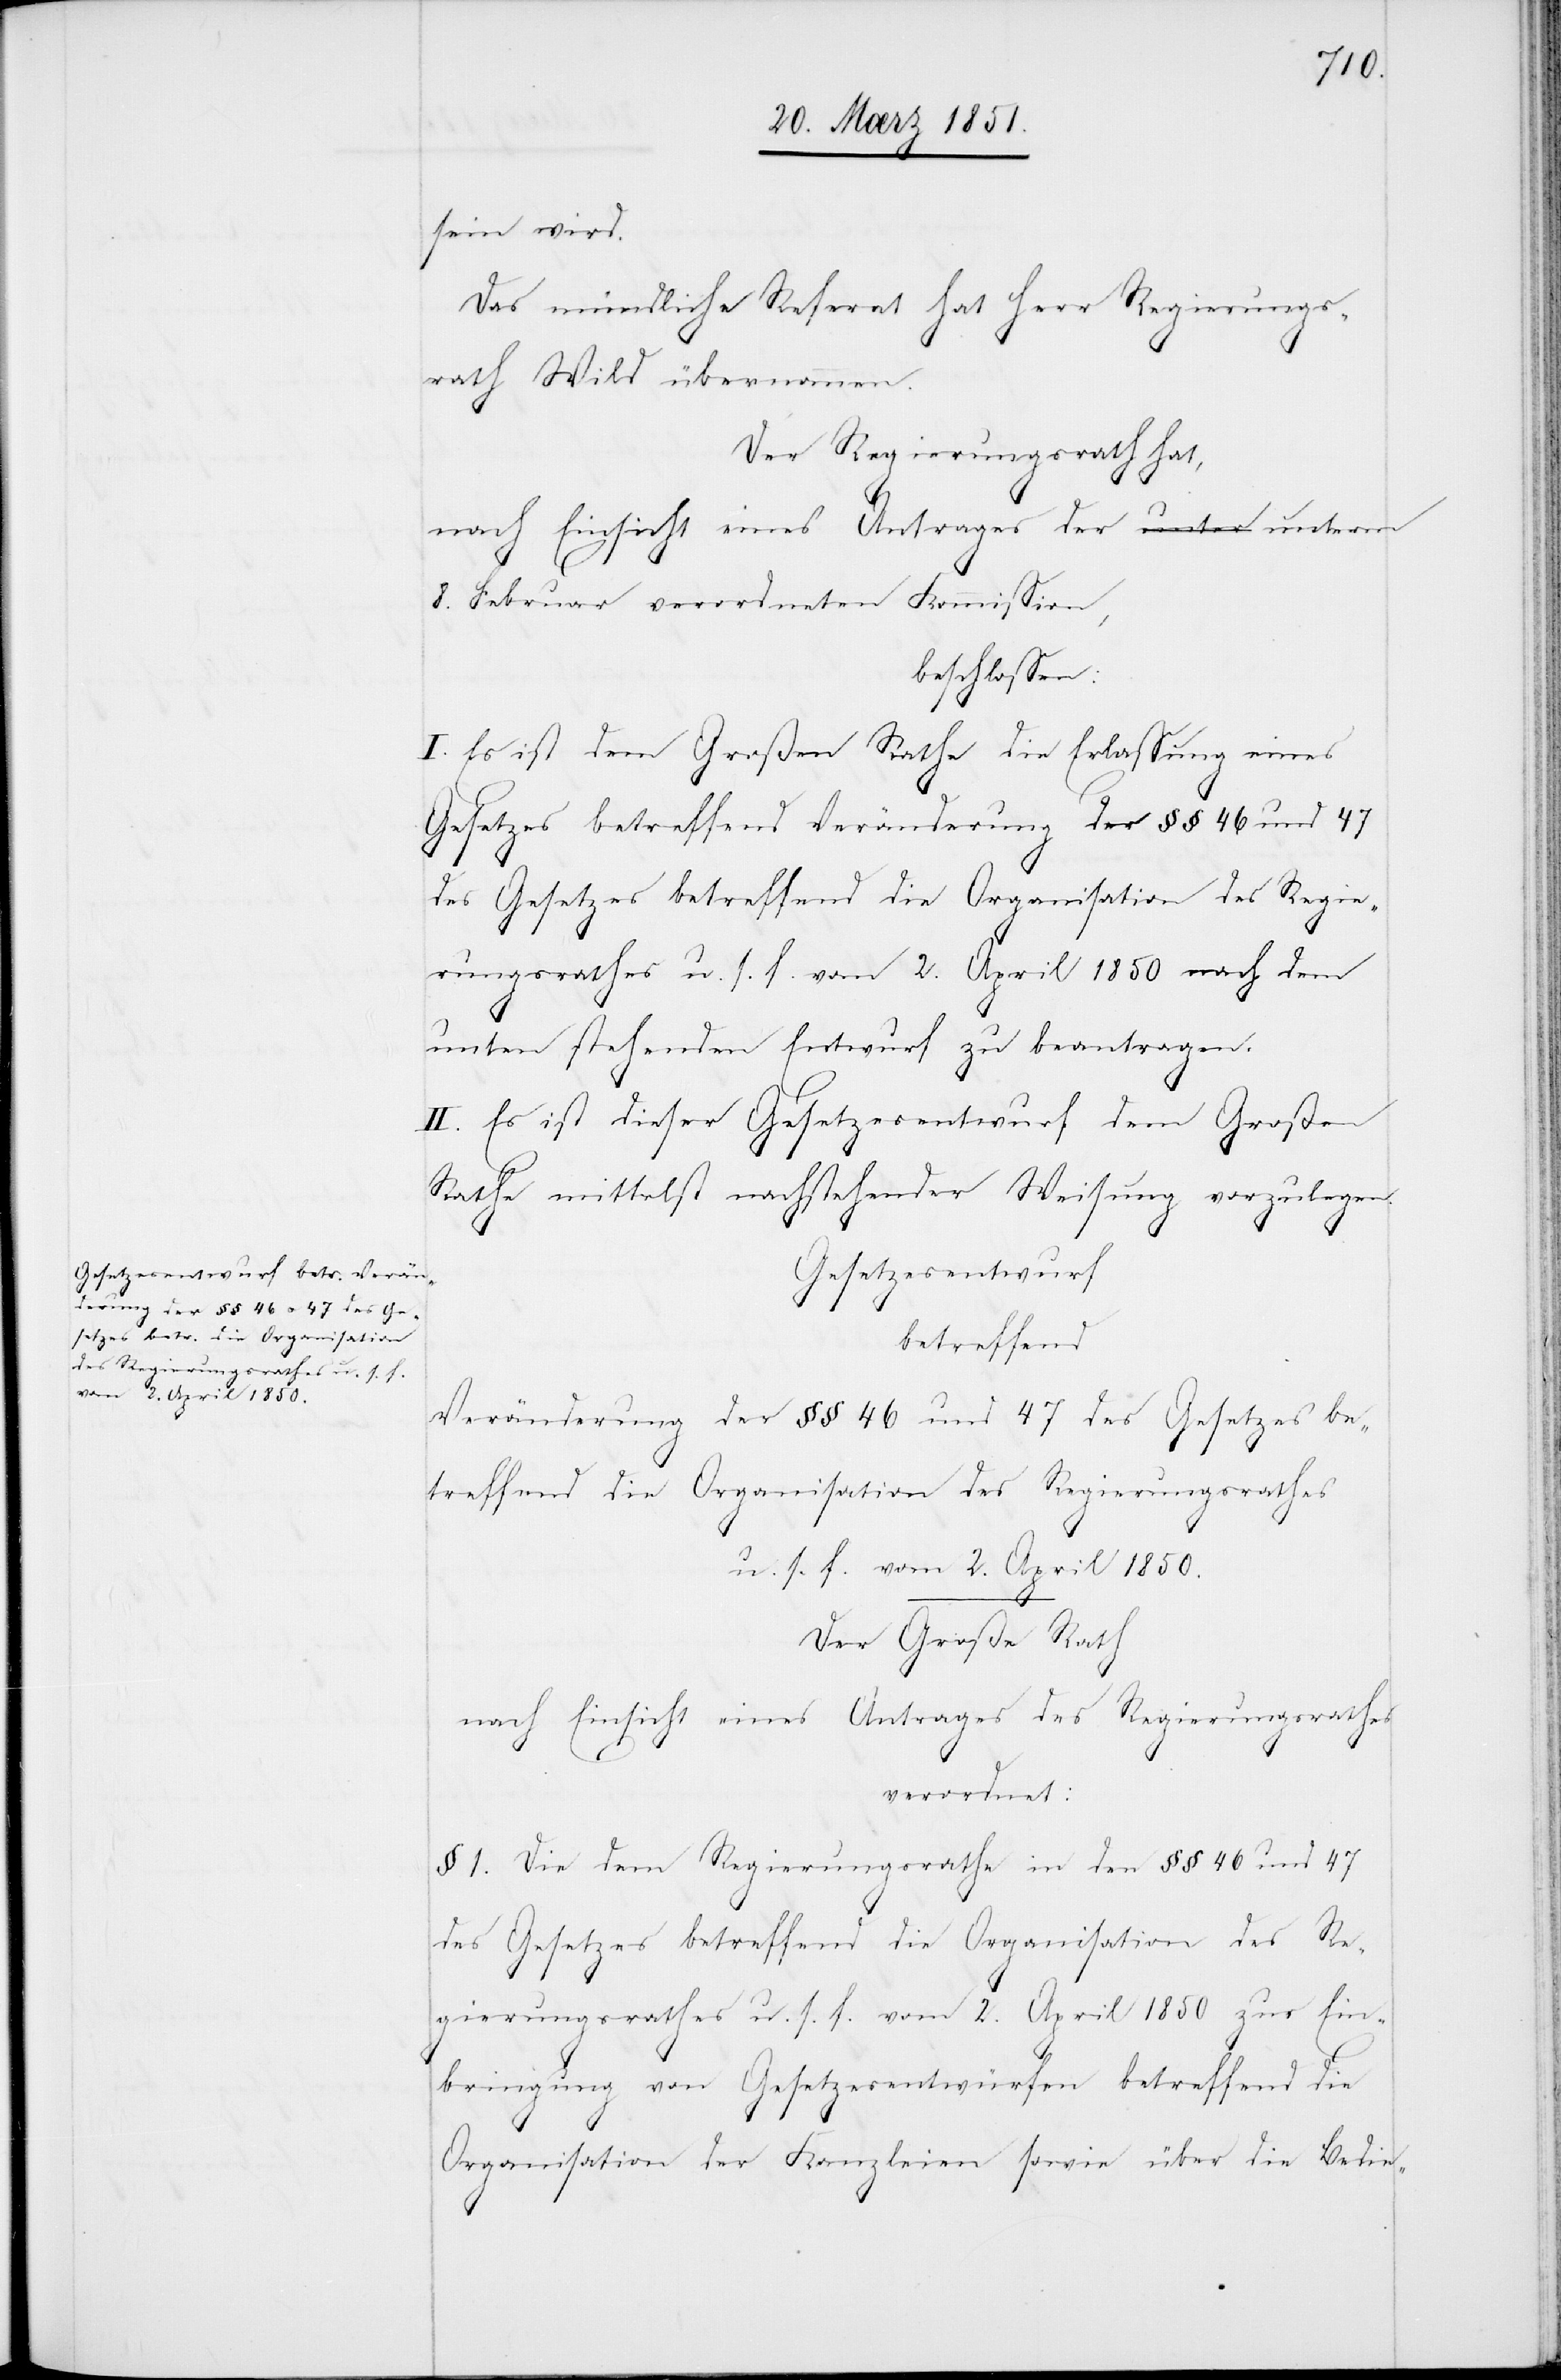
sein wird.
Das mündliche Referat hat Herr Regierungs¬
rath Wild übernommen.
Der Regierungsrath hat,
nach Einsicht eines Antrages der unterm
8. Februar verordneten Kommission,
beschlossen:
I. Es ist dem Großen Rathe die Erlassung eines
Gesetzes betreffend Veränderung der §§ 46 und 47
des Gesetzes betreffend die Organisation des Regie¬
rungsrathes u. s. f. vom 2. April 1850 nach dem
unten stehenden Entwurf zu beantragen.
II. Es ist dieser Gesetzesentwurf dem Großen
Rathe mittelst nachstehender Weisung vorzulegen.
Gesetzesentwurf
betreffend
Veränderung der §§ 46 und 47 des Gesetzes
betreffend die Organisation des Regierungsrathes
u. s. f. vom 2. April 1850.
Der Große Rath
nach Einsicht eines Antrages des Regierungsrathes
verordnet:
1. Die dem Regierungsrathe in den §§ 46 und 47
des Gesetzes betreffend die Organisation des Re¬
gierungsrathes u. s. f. vom 2. April 1850 zur Ein¬
bringung von Gesetzesentwürfen betreffend die
Organisation der Kanzleien sowie über die Bedie-